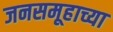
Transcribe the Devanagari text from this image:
जनसमूहाच्या